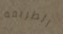
الطريقة